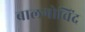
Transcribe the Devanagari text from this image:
बालगोविंद